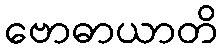
ဗောဓာယာတိ